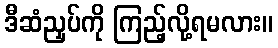
ဒီဆံညှပ်ကို ကြည့်လို့ရမလား။